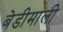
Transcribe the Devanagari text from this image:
बेडीमाली